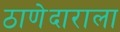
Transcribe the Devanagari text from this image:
ठाणेदाराला